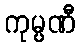
ကုမ္ပဏီ